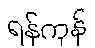
ရန်ကုန်